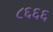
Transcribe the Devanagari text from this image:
८६६६